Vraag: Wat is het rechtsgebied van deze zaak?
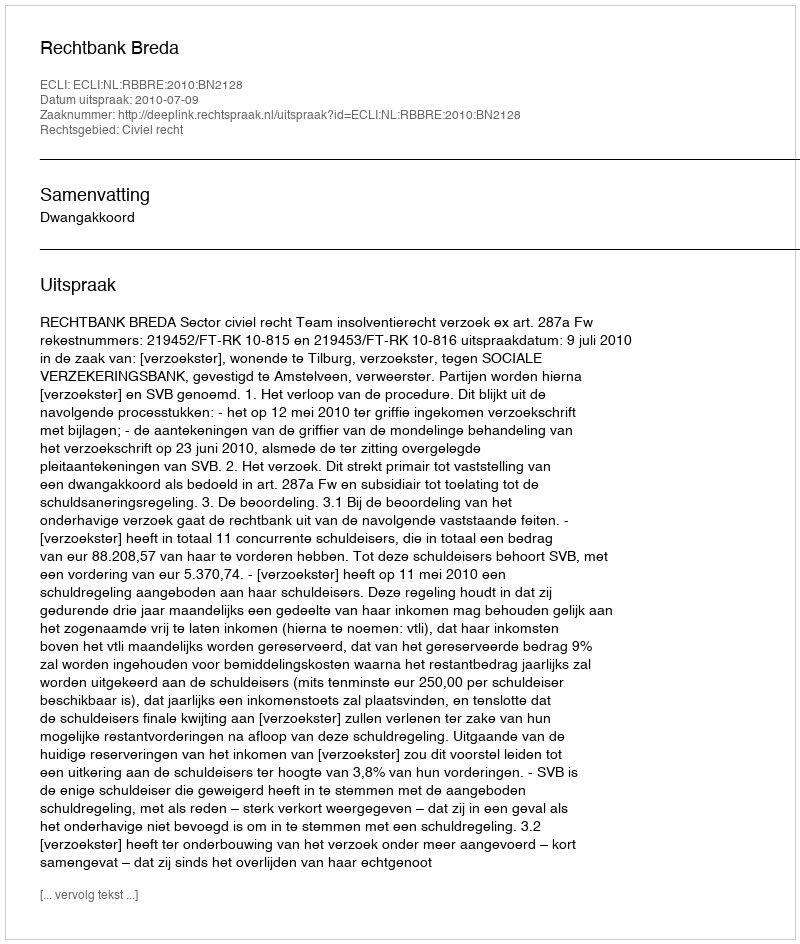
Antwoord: Civiel recht